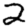
Digit: 2